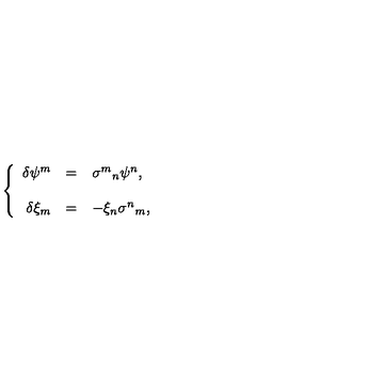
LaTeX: \left\{ \begin{array} { r c l } { \delta \psi ^ { m } } & { = } & { \sigma ^ { m } { } _ { n } \psi ^ { n } , } \\ { } & { } & { } \\ { \delta \xi _ { m } } & { = } & { - \xi _ { n } \sigma ^ { n } { } _ { m } , } \\ \end{array} \right.